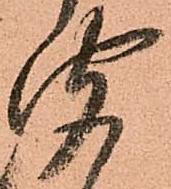
聞